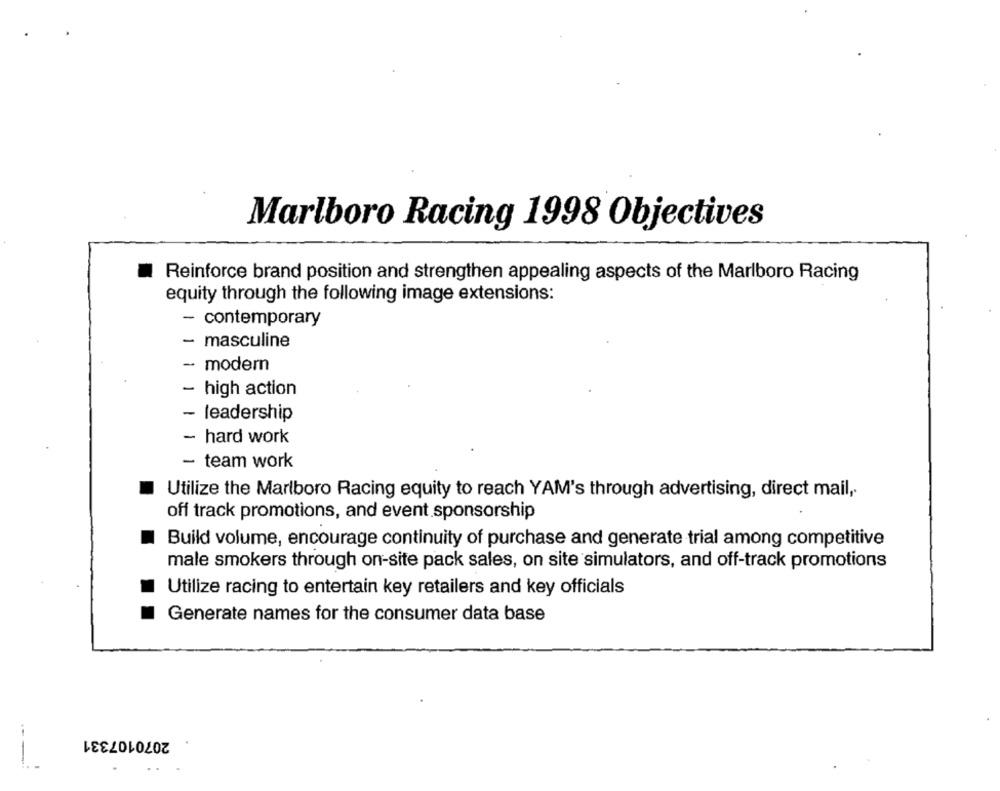
Marlboro Racing 1998 Objectives
Reinforce brand position and strengthen appealing aspects of the Marlboro Racing
equity through the following image extensions:
- contemporary
- masculine
- modem
- high action
- leadership
- hard work
- team work
Utilize the Marlboro Racing equity to reach YAM's through advertising, direct mail,
off track promotions, and event sponsorship
Build volume, encourage continuity of purchase and generate trial among competitive
male smokers through on-site pack sales, on site simulators, and off-track promotions
Utilize racing to entertain key retailers and key officials
Generate names for the consumer data base
2070107331
---